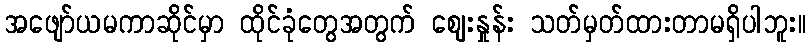
အဖျော်ယမကာဆိုင်မှာ ထိုင်ခုံတွေအတွက် ဈေးနှုန်း သတ်မှတ်ထားတာမရှိပါဘူး။